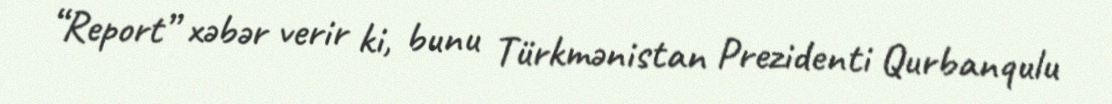
“Report” xəbər verir ki, bunu Türkmənistan Prezidenti Qurbanqulu